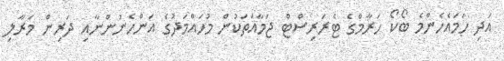
އަދި ހަމައެހެންމެ ބޯކޯ ހަރާާމްގެ ޓެރަރިސްޓް ޖަމާާއަތަކުން މުހައްމަދުގެ އަންހެނުންނާއި ދަރިން މަރާލި